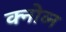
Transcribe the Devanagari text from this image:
क्नोव्न